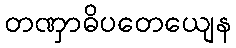
တဏှာဓိပတေယျေန